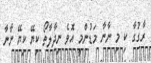
ރާގުގާ ކި މި ނާނާ މަޑުންމީ އޮވެ ނިދާލާތޯ ކިޔޭ ކިޔޭ ނާނާ